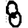
Digit: 8